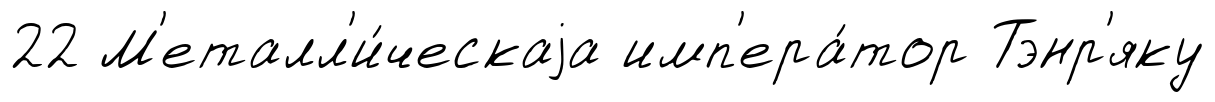
22 М'еталл'и́ческаjа имп'ера́тор Тэнр'яку